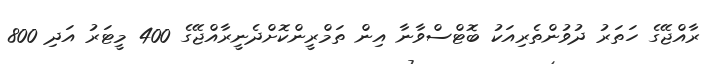
ރާއްޖޭގެ ހަތަރު ދުވުންތެރިއަކު ބޮޓްސްވާނާ އިން ތަމްރީންކޮށްދެނީރާއްޖޭގެ 400 މީޓަރު އަދި 800